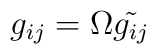
g_{ij}=\Omega \tilde {g_{ij}}